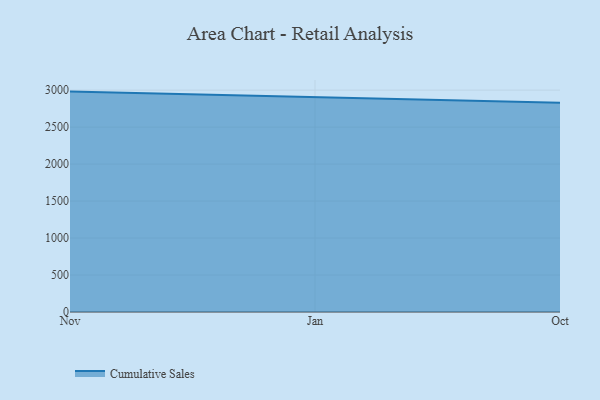
{"axis": {"x": "Month", "y": "Demand Index"}, "legend": ["Cumulative Sales"], "data": [{"x": "Nov", "y": 2980.1, "type": "Cumulative Sales"}, {"x": "Jan", "y": 2901.2, "type": "Cumulative Sales"}, {"x": "Oct", "y": 2828.3, "type": "Cumulative Sales"}]}